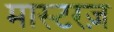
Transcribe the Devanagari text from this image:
मास्टरज़